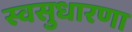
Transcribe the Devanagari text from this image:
स्वसुधारणा